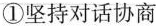
①坚持对话协商